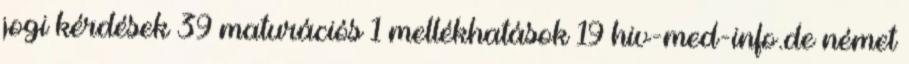
jogi kérdések 39 maturációs 1 mellékhatások 19 hiv-med-info.de német